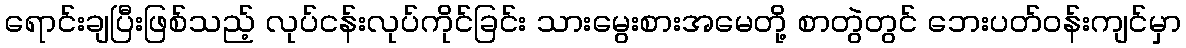
ရောင်းချပြီးဖြစ်သည့် လုပ်ငန်းလုပ်ကိုင်ခြင်း သားမွေးစားအမေတို့ စာတွဲတွင် ဘေးပတ်ဝန်းကျင်မှာ